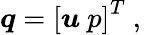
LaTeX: \boldsymbol{q}=\left[\boldsymbol{u}~p\right]^{T}\mathrm{~,~}